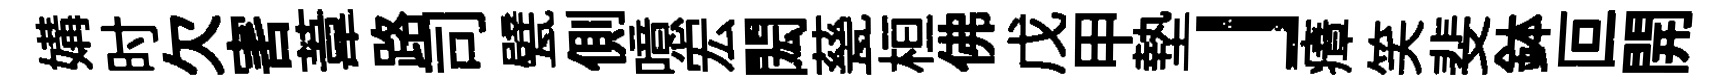
媾时欠害葦路司甓側噫宏閎甆桓佛戊甲墊」瘴笑斐鉢叵開